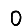
Digit: 0